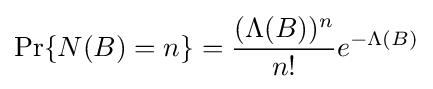
\Pr\{N(B)=n\}={\frac {(\Lambda (B))^{n}}{n!}}e^{-\Lambda (B)}